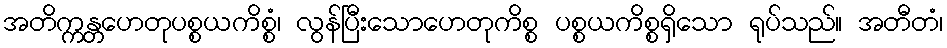
အတိက္ကန္တဟေတုပစ္စယကိစ္စံ၊ လွန်ပြီးသောဟေတုကိစ္စ ပစ္စယကိစ္စရှိသော ရုပ်သည်။ အတီတံ၊